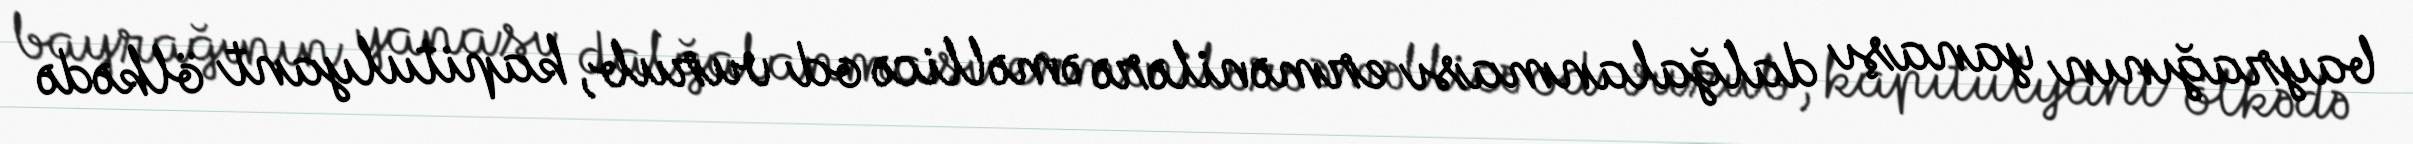
bayrağının yanaşı dalğalanması ermənilərə əməllicə od vurub, kapitulyant ölkədə